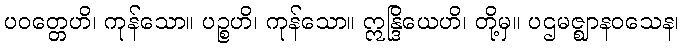
ပဝတ္တေဟိ၊ ကုန်သော။ ပဉ္စဟိ၊ ကုန်သော။ ဣန္ဒြိယေဟိ၊ တို့မှ။ ပဌမဇ္ဈာနဝသေန၊